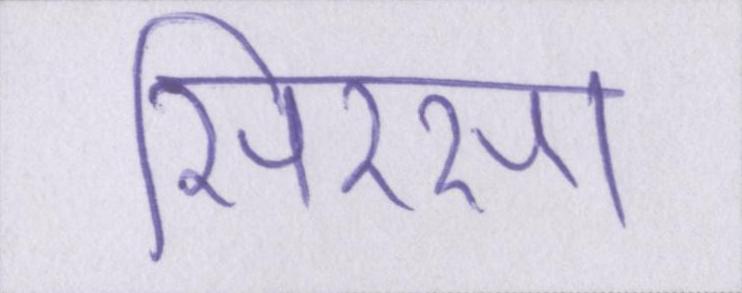
सिरसा